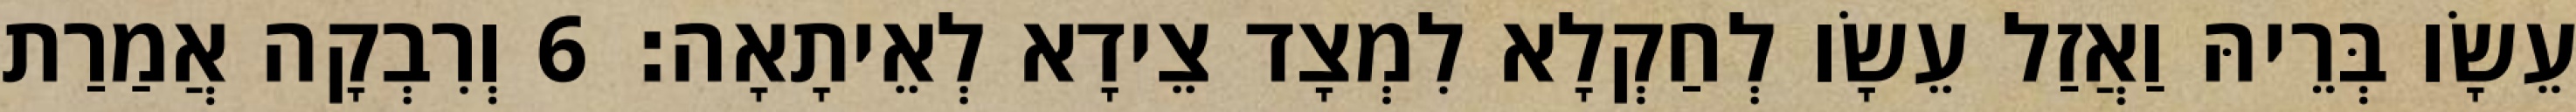
עֵשָׂו בְּרֵיהּ וַאֲזַל עֵשָׂו לְחַקְלָא לִמְצָד צֵידָא לְאֵיתָאָה׃ 6 וְרִבְקָה אֲמַרַת